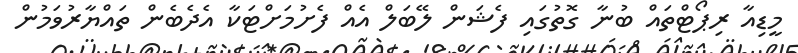
މީޑިއާ ރިޕޯޓްތައް ބުނާ ގޮތުގައި ފެޝަން ލޭބަލް އެއް ފެށުމަށްޓަކާ އެދެބެން ތައްޔާރުވަމުން